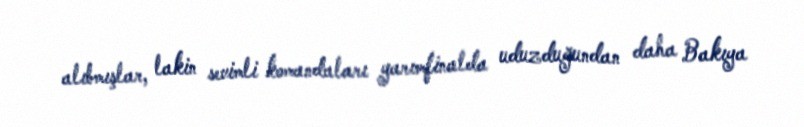
alıbmışlar, lakin sevimli komandaları yarımfinalda uduzduğundan daha Bakıya